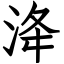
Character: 洚